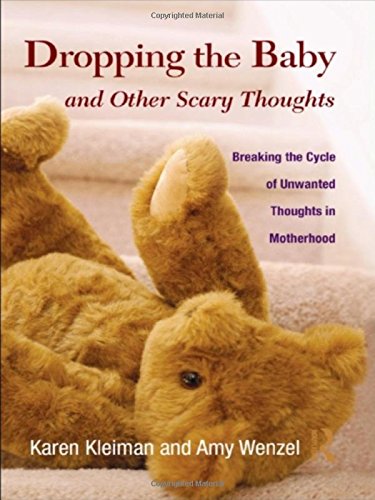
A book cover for Dropping the Baby and Other Scary Thoughts: Breaking the Cycle of Unwanted Thoughts in Motherhood; Karen Kleiman; Health, Fitness & Dieting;